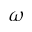
\omega